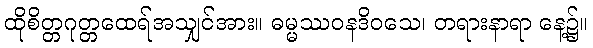
ထိုစိတ္တဂုတ္တထေရ်အသျှင်အား။ ဓမ္မဿဝနဒိဝသေ၊ တရားနာရာ နေ့၌။